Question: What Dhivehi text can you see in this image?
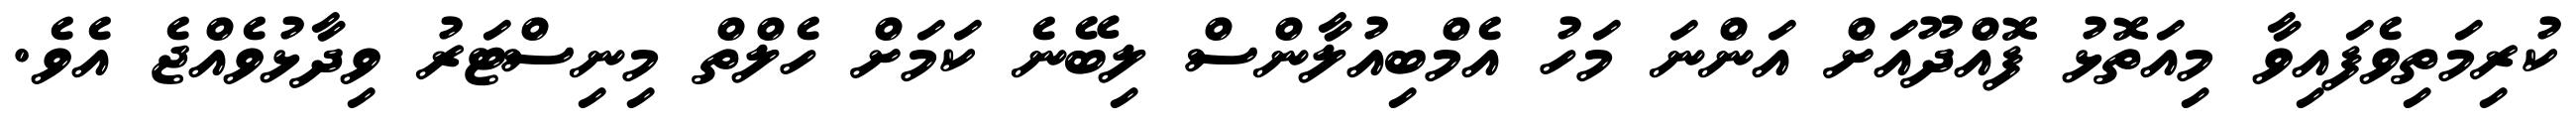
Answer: ކުރިމަތިވެފައިވާ މިއަތޮޅު ފޮއްދޫއަށް އަންނަ މަހު އެމްބިއުލާންސް ލިބޭނެ ކަމަށް ހެލްތް މިނިސްޓަރު ވިދާޅުވެއްޖެ އެވެ.